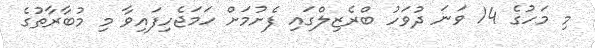
މި މަހުގެ 14 ވަނަ ދުވަހު ބްރެޒިލްގައި ފެށުމަށް ހަމަޖެހިފައިވާ މި މުބާރާތުގެ